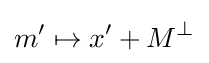
m^{\prime }\mapsto x^{\prime }+M^{\bot }